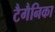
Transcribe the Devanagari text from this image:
टैगैनिका